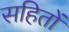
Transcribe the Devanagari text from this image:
सहितों